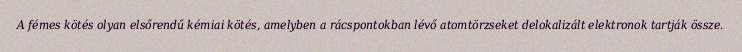
A fémes kötés olyan elsőrendű kémiai kötés, amelyben a rácspontokban lévő atomtörzseket delokalizált elektronok tartják össze.